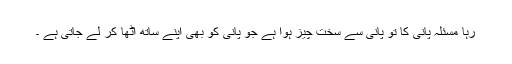
رہا مسئلہ پانی کا تو پانی سے سخت چیز ہوا ہے جو پانی کو بھی اپنے ساتھ اٹھا کر لے جاتی ہے ۔